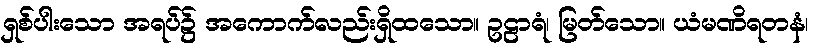
ရှစ်ပါးသော အရပ်၌ အကောက်လည်းရှိထသော။ ဥဠာရံ၊ မြတ်သော။ ယံမဏိရတနံ၊